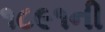
૧૮૯૧ની